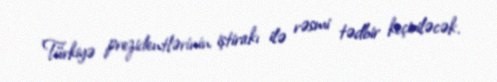
Türkiyə prezidentlərinin iştirakı ilə rəsmi tədbir keçiriləcək.